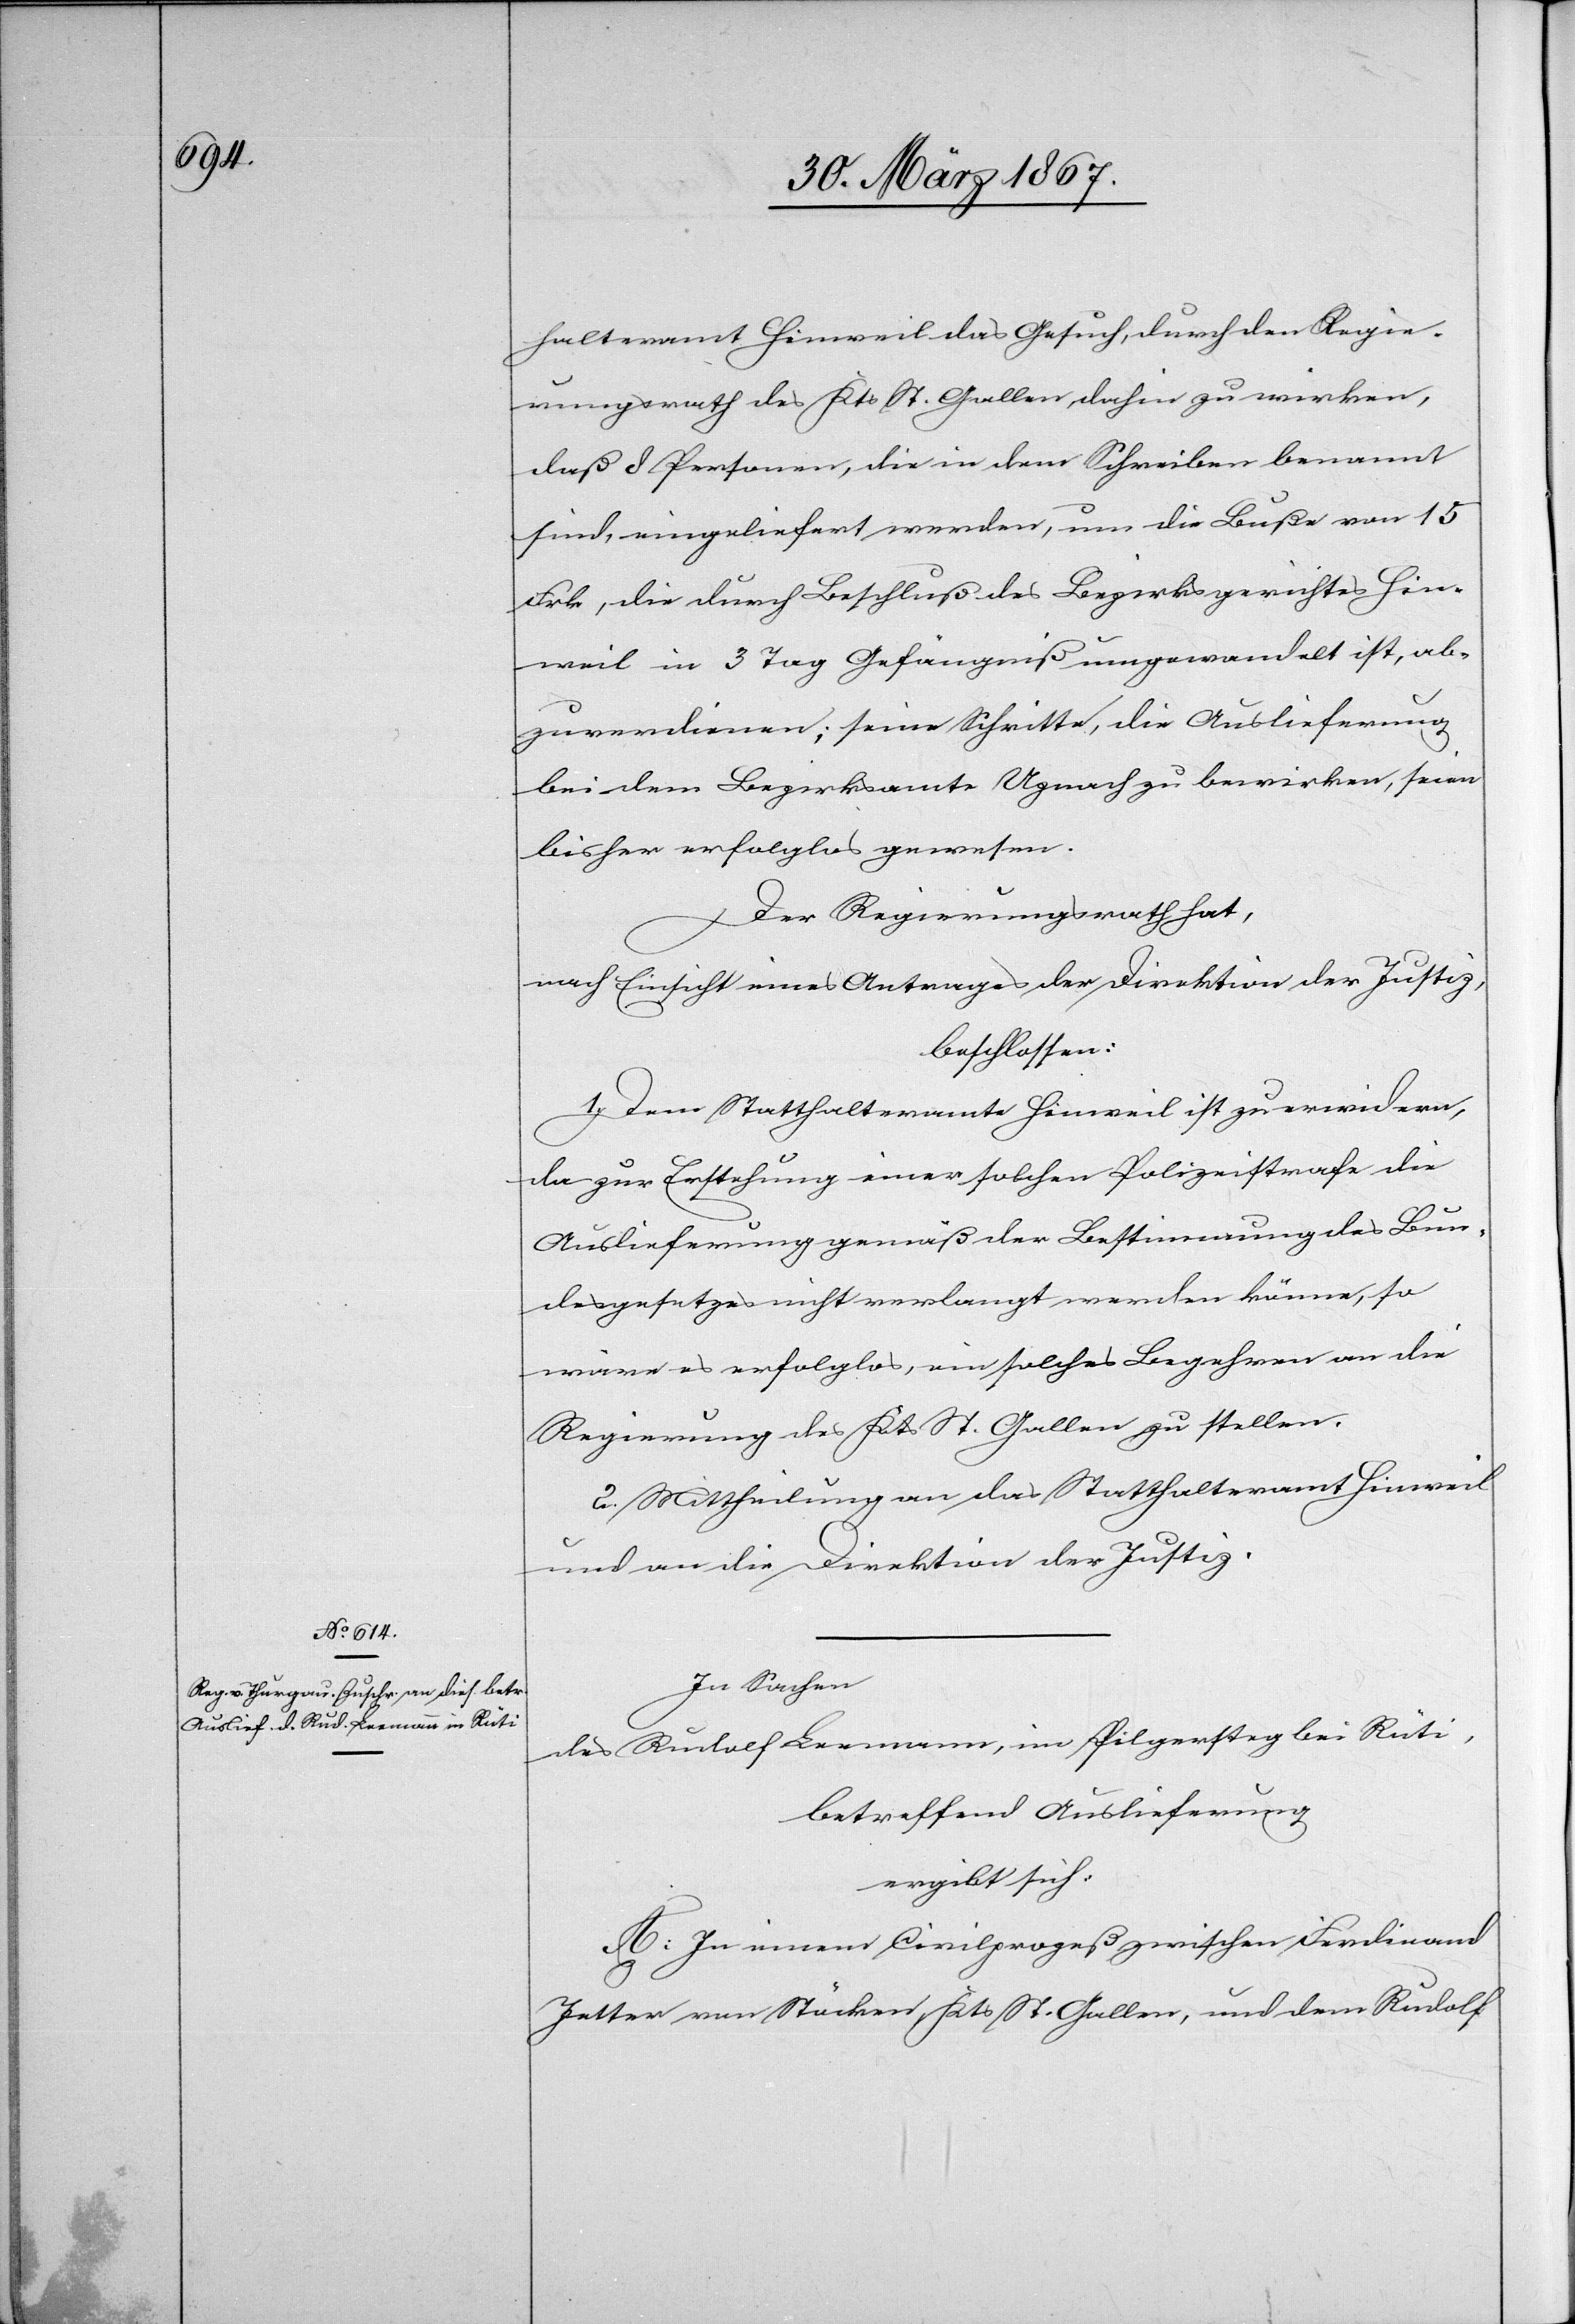
halteramt Hinweil das Gesuch, durch den Regie¬
rungsrath des Kts St. Gallen dahin zu wirken,
daß 8 Personen, die in dem Schreiben benannt
sind, eingeliefert werden, um die Buße von 15
Frk., die durch Beschluß des Bezirksgerichtes Hin¬
weil in 3 Tag Gefängniß umgewandelt ist, ab¬
zuverdienen; seine Schritte, die Auslieferung
bei dem Bezirksamte Uznach zu bewirken, seien
bisher erfolglos gewesen.
Der Regierungsrath hat,
nach Einsicht eines Antrages der Direktion der Justiz,
beschlossen:
1. Dem Statthalteramte Hinweil ist zu erwidern,
da zur Erstehung einer solchen Polizeistrafe die
Auslieferung gemäß der Bestimmung des Bun¬
desgesetzes nicht verlangt werden könne, so
wäre es erfolglos, ein solches Begehren an die
Regierung des Kts St. Gallen zu stellen.
2. Mittheilung an das Statthalteramt Hinweil
und an die Direktion der Justiz.
In Sachen
des Rudolf Leemann, im Pilgersteg bei Rüti,
betreffend Auslieferung
ergibt sich:
A. In einem Civilprozeß zwischen Ferdinand
Jetter von Stöcken, Kts St. Gallen, und dem Rudolf